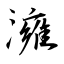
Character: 澭